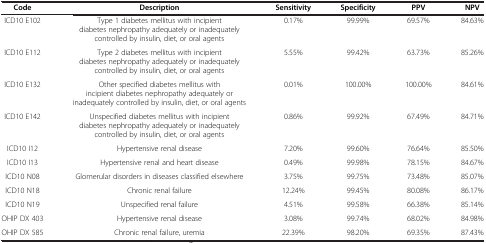
| Code | Description | Sensitivity | Specificity | PPV | NPV |
 | --- | --- | --- | --- | --- | --- |
 | ICD10 E102 | Type 1 diabetes mellitus with incipient diabetes nephropathy adequately or inadequately controlled by insulin, diet, or oral agents | 0.17% | 99.99% | 69.57% | 84.63% |
 | ICD10 E112 | Type 2 diabetes mellitus with incipient diabetes nephropathy adequately or inadequately controlled by insulin, diet, or oral agents | 5.55% | 99.42% | 63.73% | 85.26% |
 | ICD10 E132 | Other specified diabetes mellitus with incipient diabetes nephropathy adequately or inadequately controlled by insulin, diet, or oral agents | 0.01% | 100.00% | 100.00% | 84.61% |
 | ICD10 E142 | Unspecified diabetes mellitus with incipient diabetes nephropathy adequately or inadequately controlled by insulin, diet, or oral agents | 0.86% | 99.92% | 67.49% | 84.71% |
 | ICD10 I12 | Hypertensive renal disease | 7.20% | 99.60% | 76.64% | 85.50% |
 | ICD10 I13 | Hypertensive renal and heart disease | 0.49% | 99.98% | 78.15% | 84.67% |
 | ICD10 N08 | Glomerular disorders in diseases classified elsewhere | 3.75% | 99.75% | 73.48% | 85.07% |
 | ICD10 N18 | Chronic renal failure | 12.24% | 99.45% | 80.08% | 86.17% |
 | ICD10 N19 | Unspecified renal failure | 4.51% | 99.58% | 66.38% | 85.14% |
 | OHIP DX 403 | Hypertensive renal disease | 3.08% | 99.74% | 68.02% | 84.98% |
 | OHIP DX 585 | Chronic renal failure, uremia | 22.39% | 98.20% | 69.35% | 87.43% |